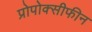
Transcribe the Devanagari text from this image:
प्रोपोक्सीफीन